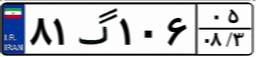
۸۱گ۱۰۶۰۵